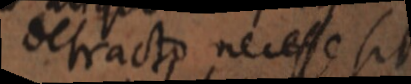
defracto necesse sit